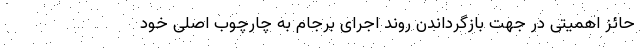
حائز اهمیتی در جهت بازگرداندن روند اجرای برجام به چارچوب اصلی خود